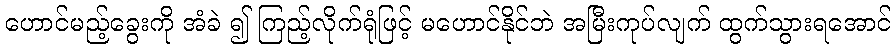
ဟောင်မည့်ခွေးကို အံခဲ ၍ ကြည့်လိုက်ရုံဖြင့် မဟောင်နိုင်ဘဲ အမြီးကုပ်လျက် ထွက်သွားရအောင်